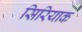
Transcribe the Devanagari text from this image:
सिरियाक